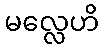
မလ္လေဟိ